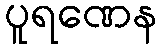
ပူရဏေန